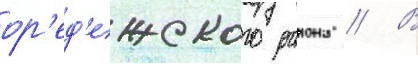
ор'ед'ежского раиона // В